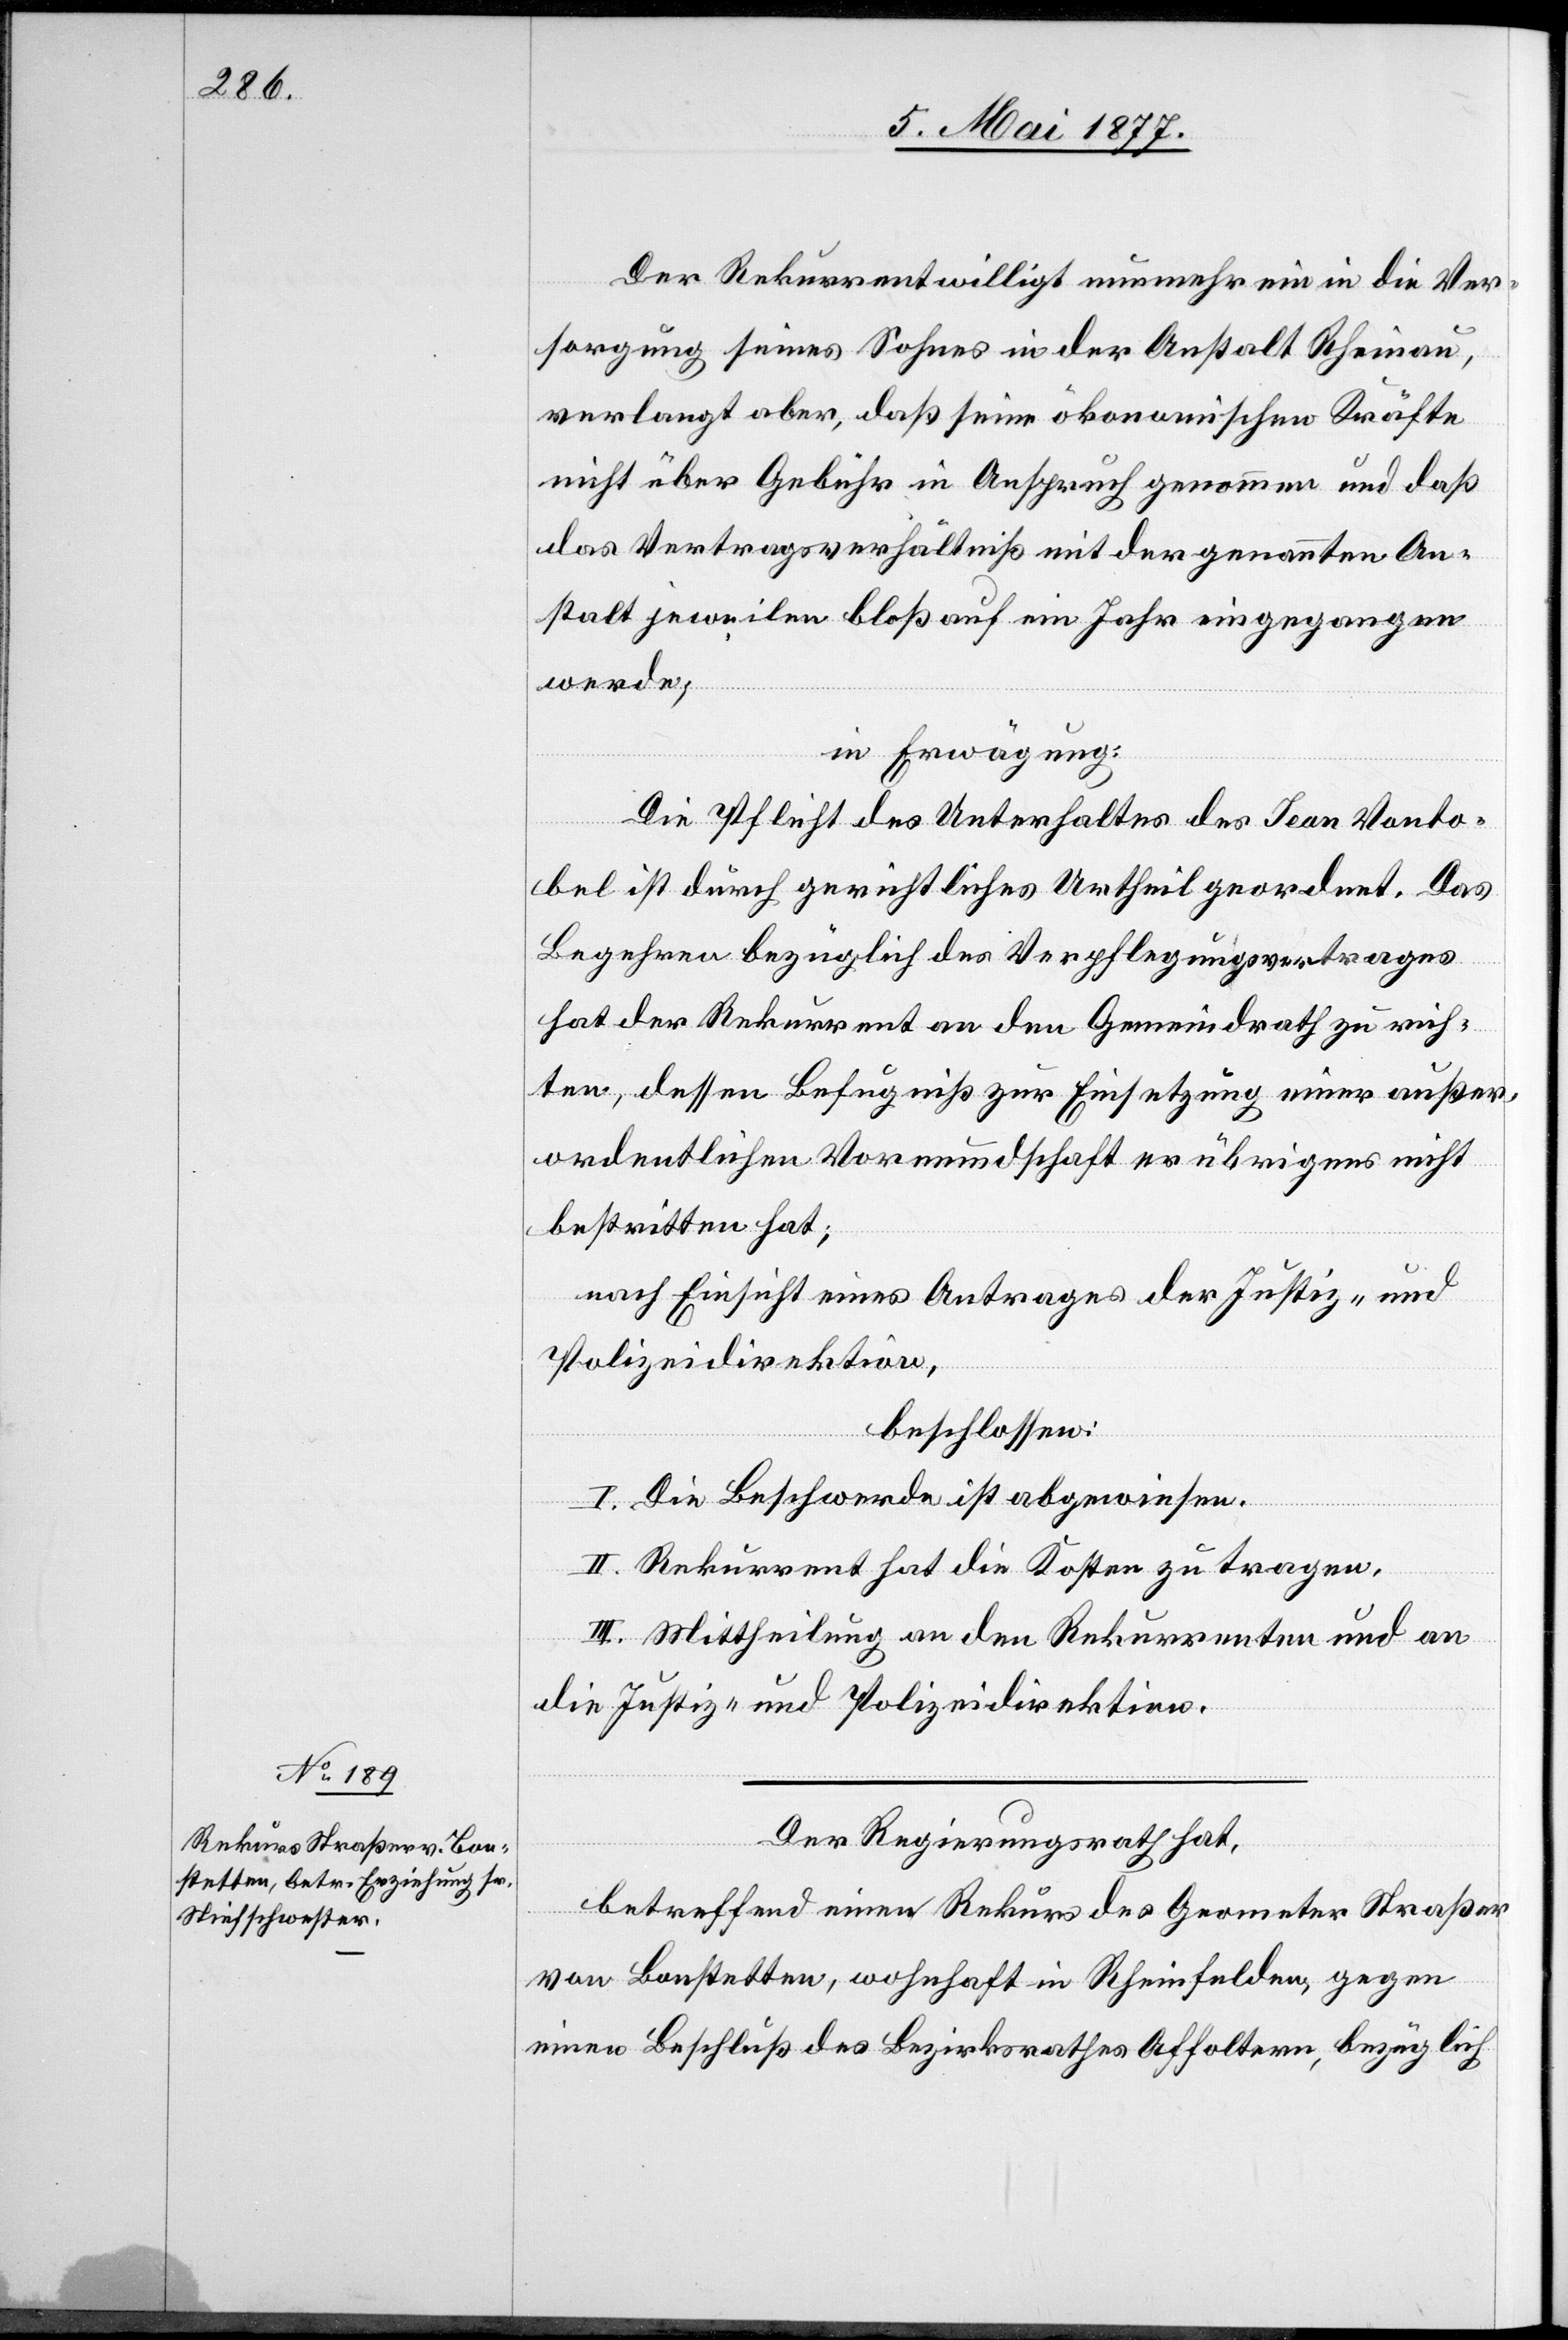
Der Rekurrent willigt nunmehr ein in die Ver¬
sorgung seines Sohnes in der Anstalt Rheinau,
verlangt aber, daß seine ökonomischen Kräfte
nicht über Gebühr in Anspruch genommen und daß
das Vertragsverhältniß mit der genannten An¬
stalt jeweilen bloß auf ein Jahr eingegangen
werde,
in Erwägung:
Die Pflicht des Unterhaltes des Jean Vonto¬
bel ist durch gerichtliches Urtheil geordnet. Das
Begehren bezüglich des Verpflegungsvertrages
hat der Rekurrent an den Gemeindrath zu rich¬
ten, dessen Befugniß zur Einsetzung einer außer¬
ordentlichen Vormundschaft er übrigens nicht
bestritten hat;
nach Einsicht eines Antrages der Justiz- und
Polizeidirektion,
beschlossen:
I. Die Beschwerde ist abgewiesen.
II. Rekurrent hat die Kosten zu tragen.
III. Mittheilung an den Rekurrenten und an
die Justiz- und Polizeidirektion.
Der Regierungsrath hat,
betreffend einen Rekurs des Geometer Straßer
von Bonstetten, wohnhaft in Rheinfelden, gegen
einen Beschluß des Bezirksrathes Affoltern, bezüglich